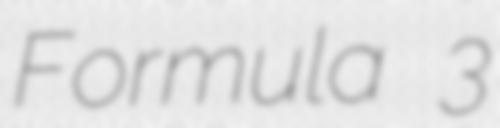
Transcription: Formula 3